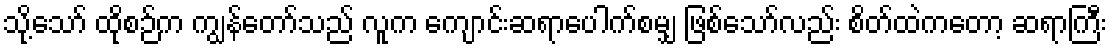
သို့သော် ထိုစဉ်က ကျွန်တော်သည် လူက ကျောင်းဆရာပေါက်စမျှ ဖြစ်သော်လည်း စိတ်ထဲကတော့ ဆရာကြီး